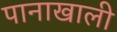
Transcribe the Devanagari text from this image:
पानाखाली